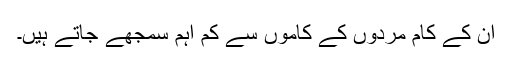
ان کے کام مردوں کے کاموں سے کم اہم سمجھے جاتے ہیں۔